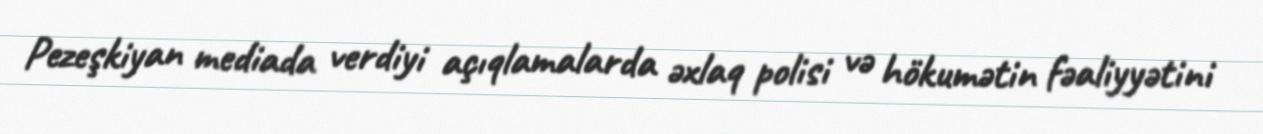
Pezeşkiyan mediada verdiyi açıqlamalarda əxlaq polisi və hökumətin fəaliyyətini